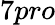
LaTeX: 7pro